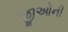
જીઓની